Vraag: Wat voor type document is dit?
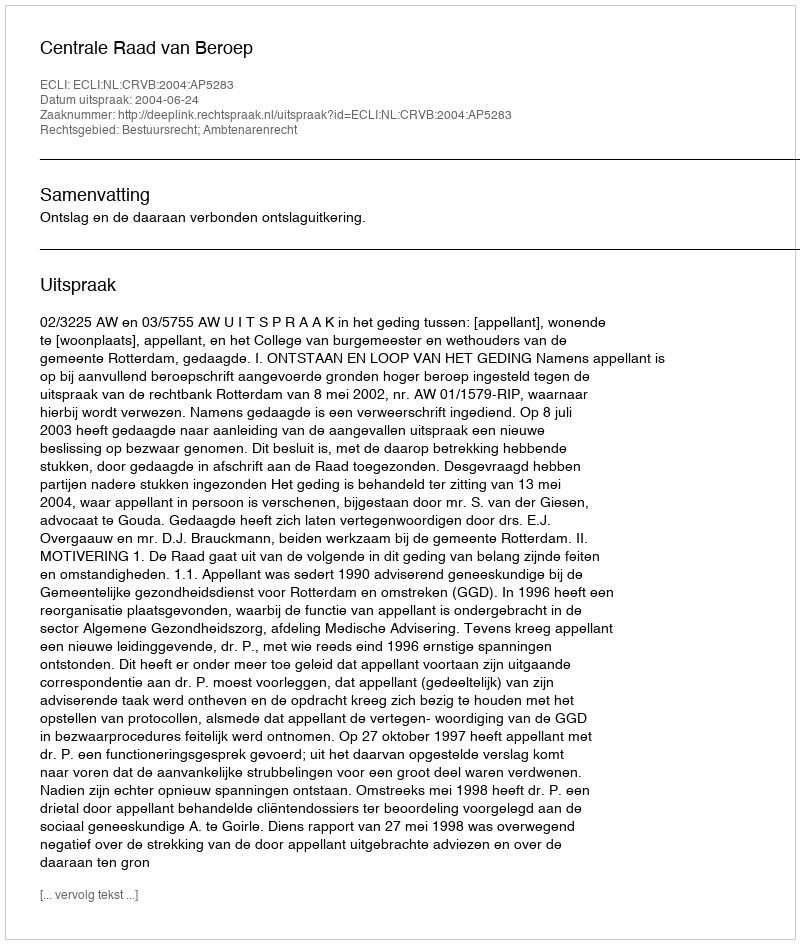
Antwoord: Uitspraak